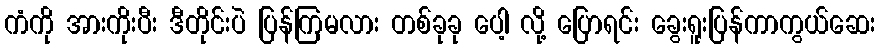
ကံကို အားကိုးပီး ဒီတိုင်းပဲ ပြန်ကြမလား တစ်ခုခု ပေါ့ လို့ ပြောရင်း ခွေးရူးပြန်ကာကွယ်ဆေး